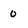
Character: 0